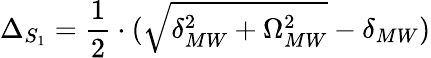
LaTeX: \Delta_{S_{1}}=\frac{1}{2}\cdot(\sqrt{\delta_{MW}^{2}+\Omega_{MW}^{2}}-\delta_{MW})